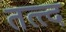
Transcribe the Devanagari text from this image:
तत्त्द